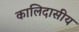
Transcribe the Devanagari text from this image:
कालिदासीय